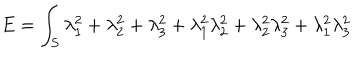
LaTeX: E = \int _ { S } \lambda _ { 1 } ^ { 2 } + \lambda _ { 2 } ^ { 2 } + \lambda _ { 3 } ^ { 2 } + \lambda _ { 1 } ^ { 2 } \lambda _ { 2 } ^ { 2 } + \lambda _ { 2 } ^ { 2 } \lambda _ { 3 } ^ { 2 } + \lambda _ { 1 } ^ { 2 } \lambda _ { 3 } ^ { 2 }